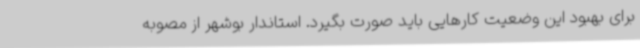
برای بهبود این وضعیت کارهایی باید صورت بگیرد. استاندار بوشهر از مصوبه